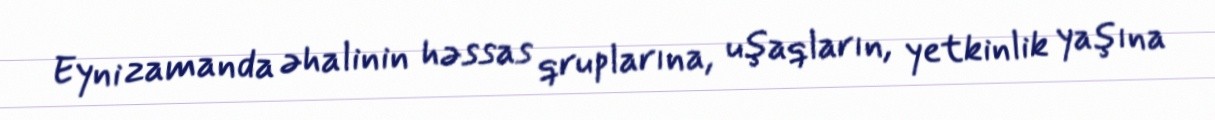
Eyni zamanda əhalinin həssas qruplarına, uşaqların, yetkinlik yaşına